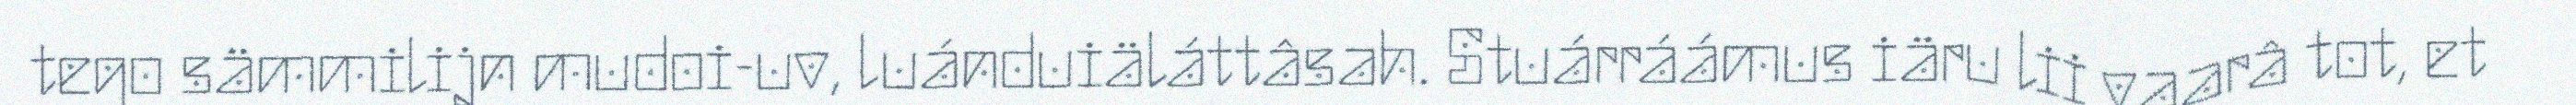
tego sämmilijn mudoi-uv, luánduiäláttâsah. Stuárráámus iäru lii vaarâ tot, et